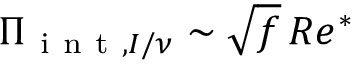
\Pi _ { \mathrm { ~ i ~ n ~ t ~ } , I / \nu } \sim \sqrt { f } \, R e ^ { * }